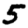
Digit: 5